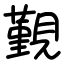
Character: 覲